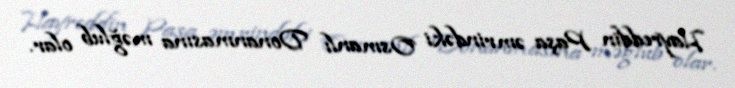
Hayreddin Paşa əmrindəki Osmanlı Donanmasına məğlub olar.